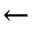
\leftarrow